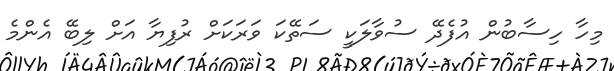
މިހާ ހިސާބުން އުފެދޭ ސުވާލަކީ ސަތޭކަ ވަރަކަށް ރުފިޔާ އަށް ލިބޭ އެންމެ